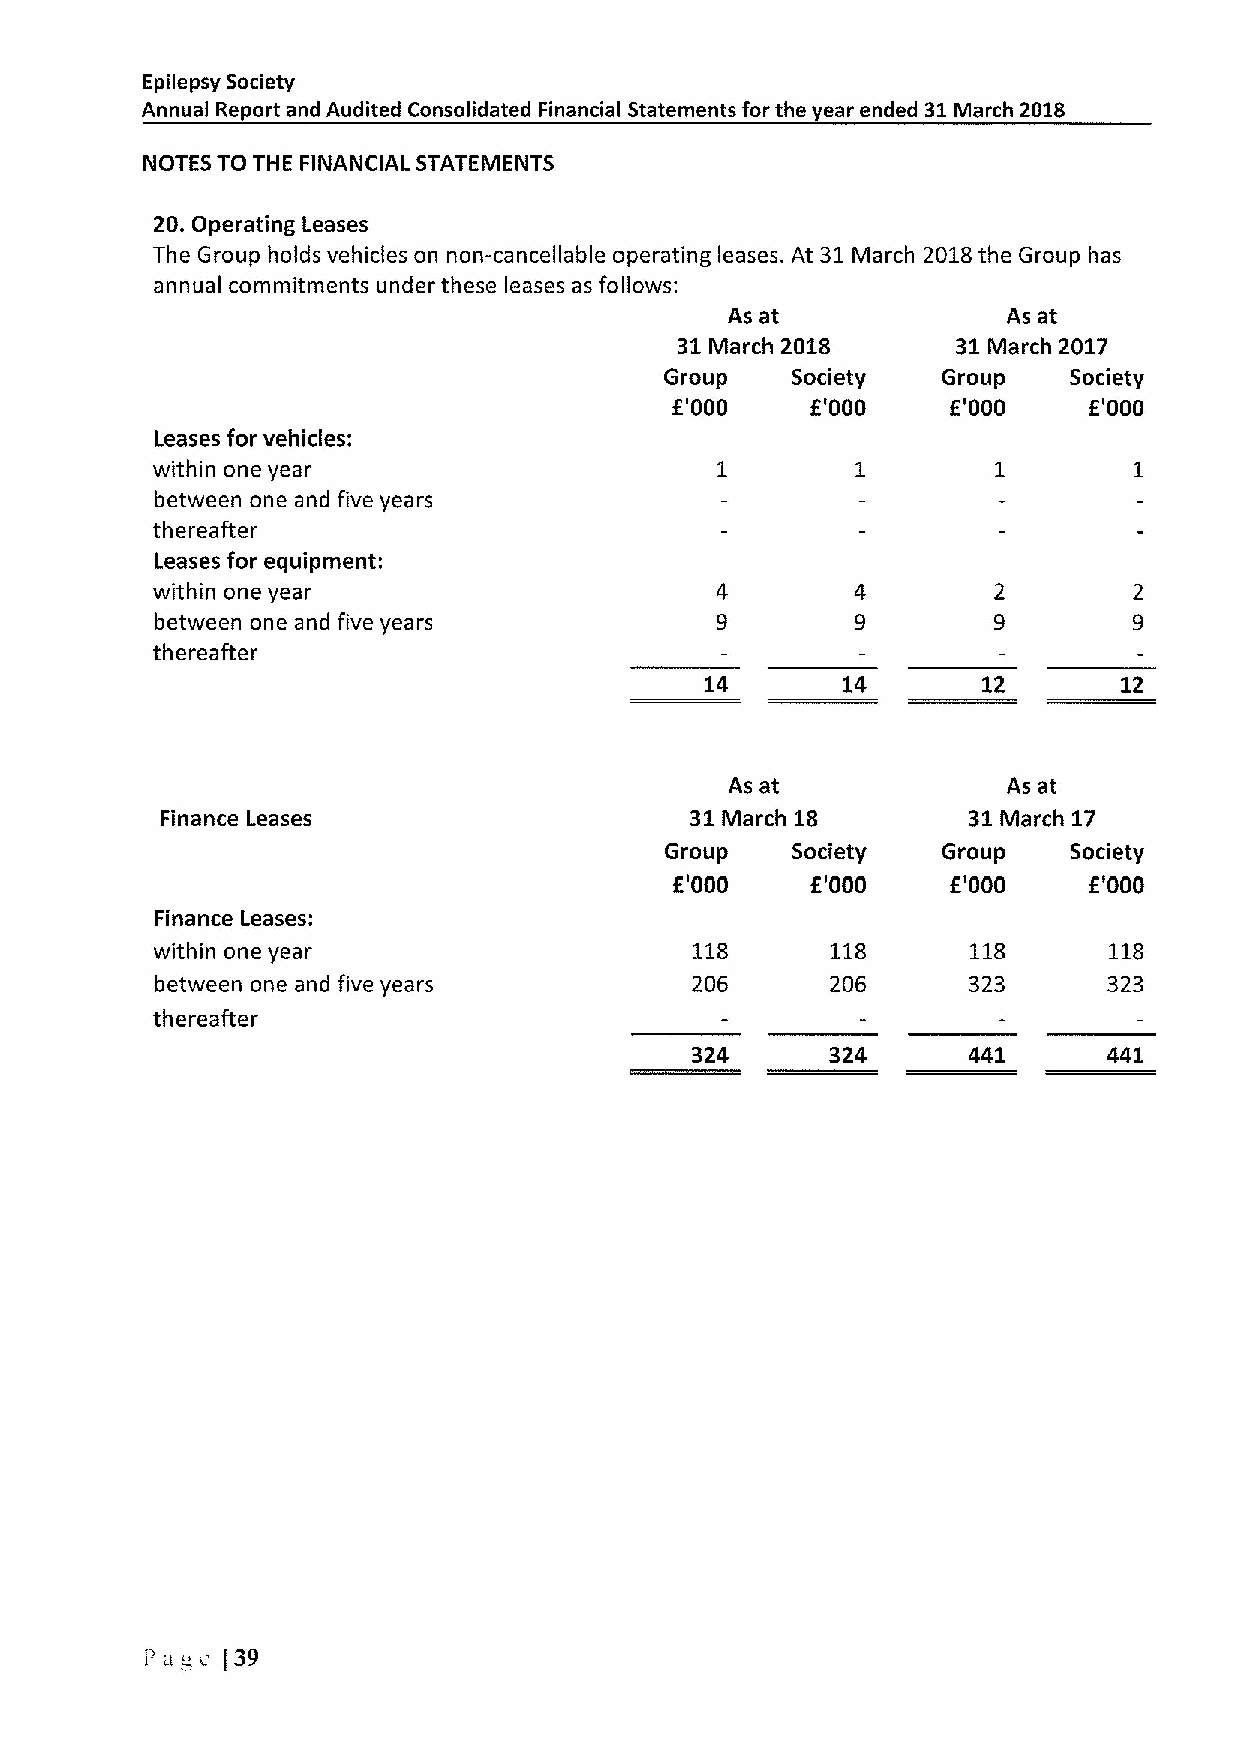
Epilepsy Society
 Annual Report and Audited Consolidated Financial Statements for the year ended 31IVIarch 2018
 NOTES TO THE FINANCIAL STATEMENTS
 20.Operating Leases
 The Group holds vehicles on non-cancellable operating leases. At 31March 2018the Group has
 annual commitments under these leases as follows;
 As at              As at
 31March 2018      31March 2017
 Group   Society   Group    Society
 E'000     E'000    E'000    E'000
 Leases for vehicles:
 within one year                      1         1        1        1
 between one and five years
 thereafter
 Leases for equipment:
 within one year
 between one and five years
 thereafter
 14       14       12       12
 As at              As at
 Finance Leases                     31March 18        31March 17
 Group   Society   Group    Society
 E'000    E'000    E'000    E'000
 Finance Leases:
 within one year                     118      118      118      118
 between one and five years          206      206      323      323
 thereafter
 324               441      441
 I'- a v [39